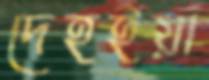
দেহইয়া